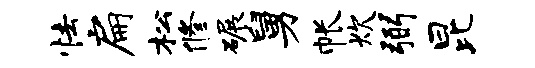
怯扁松修碾舅帐炊弼昆